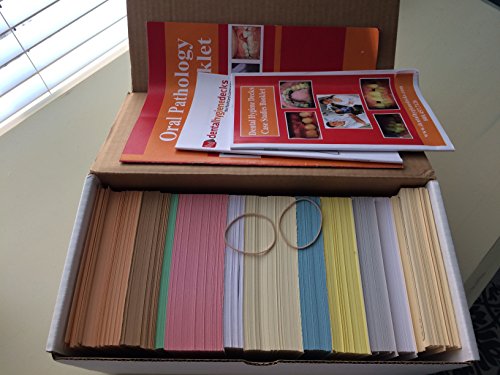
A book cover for The Oficial Hygiene Decks of the ADHA (2012-2013 Edition) (Dental Hygiene Decks, 2012-2013); the flashcard company; Medical Books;